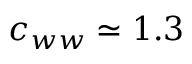
c _ { w w } \simeq 1 . 3